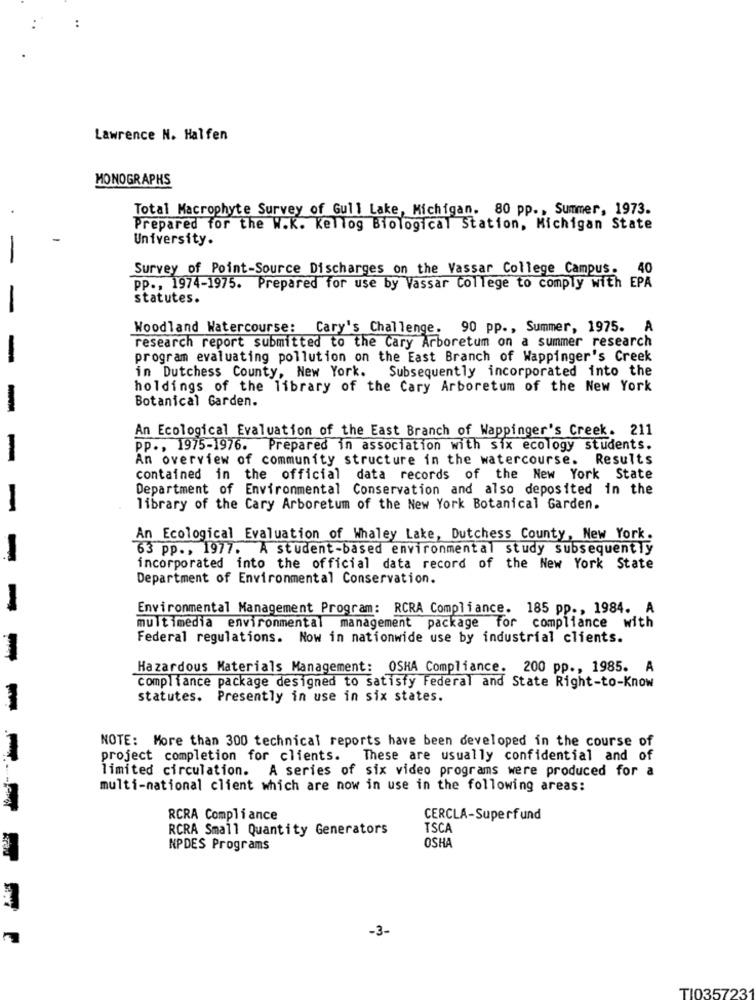
Lawrence N. Halfen
MONOGRAPHS
Total Macrophyte Survey of Gull Lake, Michigan. 80 pp ., Summer, 1973.
Prepared for the W.K. Kellog Biological Station, Michigan State
University.
-
Survey of Point-Source Discharges on the Vassar College Campus. 40
pp ., 1974-1975. Prepared for use by Vassar College to comply with EPA
statutes.
-
Woodland Watercourse: Cary's Challenge.
90 pp ., Summer, 1975. A
research report submitted to the Cary Arboretum on a summer research
-
program evaluating pollution on the East Branch of Wappinger's Creek
in Dutchess County, New York. Subsequently incorporated into the
holdings of the library of the Cary Arboretum of the New York
-
Botanical Garden.
An Ecological Evaluation of the East Branch of Wappinger's Creek. 211
PP ., 1975-1976. Prepared in association with six ecology students.
-
An overview of community structure in the watercourse. Results
contained in the official data records of the New York State
Department of Environmental Conservation and also deposited in the
-
library of the Cary Arboretum of the New York Botanical Garden.
An Ecological Evaluation of Whaley Lake, Dutchess County, New York.
63 pp ., 1977. A student-based environmental study subsequently
incorporated into the official data record of the New York State
Department of Environmental Conservation.
-
Environmental Management Program: RCRA Compliance. 185 pp ., 1984. A
multimedia environmental management package for compliance with
Federal regulations. Now in nationwide use by industrial clients.
-
Hazardous Materials Management: OSHA Compliance. 200 pp ., 1985. A
compliance package designed to satisfy Federal and State Right-to-Know
statutes. Presently in use in six states.
-
NOTE: More than 300 technical reports have been developed in the course of
project completion for clients. These are usually confidential and of
limited circulation. A series of six video programs were produced for a
multi-national client which are now in use in the following areas:
RCRA Compliance
CERCLA-Superfund
RCRA Small Quantity Generators
TSCA
OSHA
NPDES Programs
-3-
TI035723